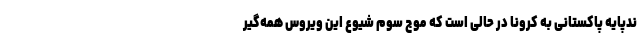
ندپایه پاکستانی به کرونا در حالی است که موج سوم شیوع این ویروس همه‌گیر